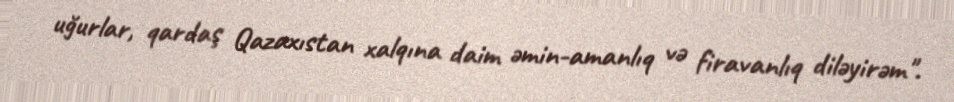
uğurlar, qardaş Qazaxıstan xalqına daim əmin-amanlıq və firavanlıq diləyirəm".